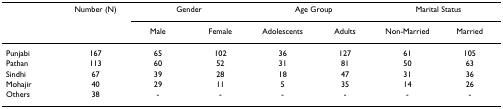
<table><thead><tr><td></td><td><b>Number (N)</b></td><td colspan="2"><b>Gender</b></td><td colspan="2"><b>Age Group</b></td><td colspan="2"><b>Marital Status</b></td></tr><tr><td></td><td></td><td><b>Male</b></td><td><b>Female</b></td><td><b>Adolescents</b></td><td><b>Adults</b></td><td><b>Non-Married</b></td><td><b>Married</b></td></tr></thead><tbody><tr><td>Punjabi</td><td>167</td><td>65</td><td>102</td><td>36</td><td>127</td><td>61</td><td>105</td></tr><tr><td>Pathan</td><td>113</td><td>60</td><td>52</td><td>31</td><td>81</td><td>50</td><td>63</td></tr><tr><td>Sindhi</td><td>67</td><td>39</td><td>28</td><td>18</td><td>47</td><td>31</td><td>36</td></tr><tr><td>Mohajir</td><td>40</td><td>29</td><td>11</td><td>5</td><td>35</td><td>14</td><td>26</td></tr><tr><td>Others</td><td>38</td><td>-</td><td>-</td><td>-</td><td>-</td><td>-</td><td>-</td></tr></tbody></table>